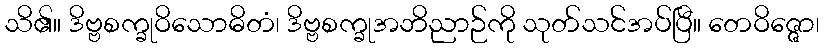
သိ၏။ ဒိဗ္ဗစက္ခုဝိသောဓိတံ၊ ဒိဗ္ဗစက္ခုအဘိညာဉ်ကို သုတ်သင်အပ်ပြီ။ တေဝိဇ္ဇော၊